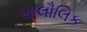
અલૌલિક